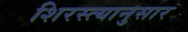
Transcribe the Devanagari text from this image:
शिरस्त्यानुसार